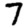
Digit: 7